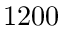
1 2 0 0